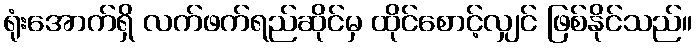
ရုံးအောက်ရှိ လက်ဖက်ရည်ဆိုင်မှ ထိုင်စောင့်လျှင် ဖြစ်နိုင်သည်။